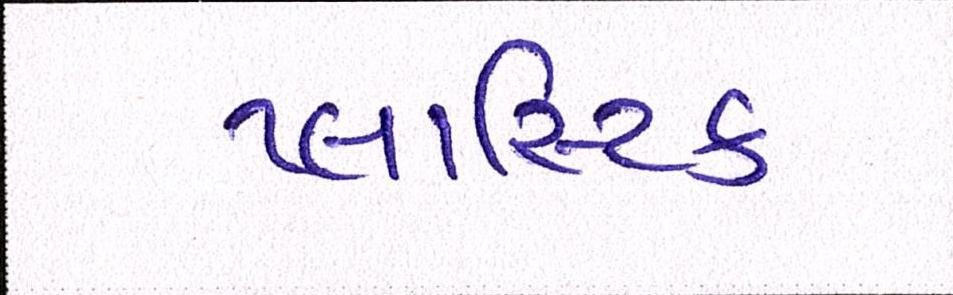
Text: પ્લાસ્ટિક